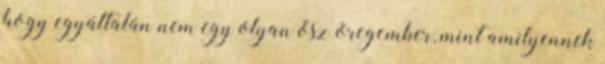
hogy egyáltalán nem egy olyan ősz öregember, mint amilyennek